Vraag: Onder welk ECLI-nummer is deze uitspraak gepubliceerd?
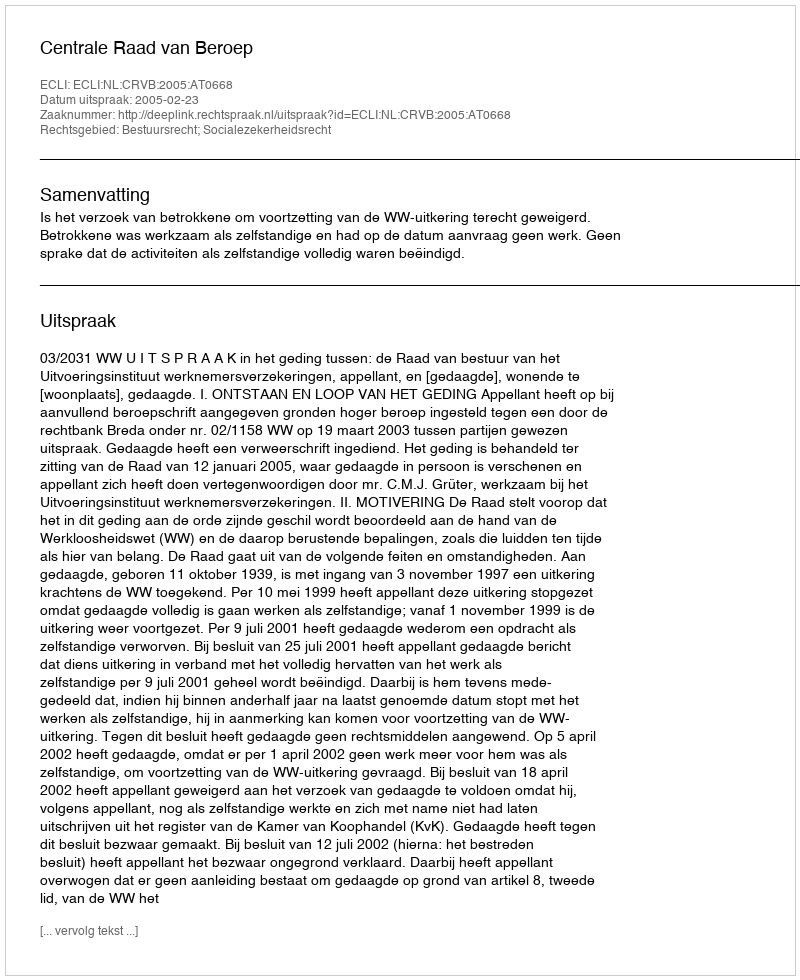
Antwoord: ECLI:NL:CRVB:2005:AT0668